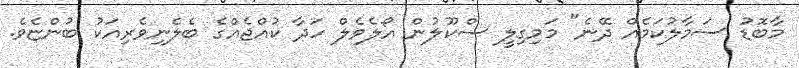
މާބޮޑު ސަމާލުކަމެއް ދޭނެ" މަމިގިލީ ސްކޫލުން އޯލެވެލް ހަދާ ކުއްޖެއްގެ ބެލެނިވެރިއަކު ބުންޏެވެ.